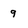
Character: 9